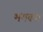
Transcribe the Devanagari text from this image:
भगवन।